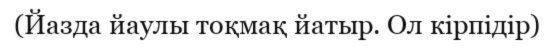
(Йазда йаулы тоқмақ йатыр. Ол кірпідір)